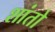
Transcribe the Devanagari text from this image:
शांतो